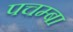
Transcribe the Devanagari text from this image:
पचम्बा